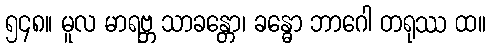
၅၄၈။ မူလ မာရဗ္ဘ သာခန္တော၊ ခန္ဓော ဘာဂေါ တရုဿ ထ။